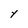
Character: Y